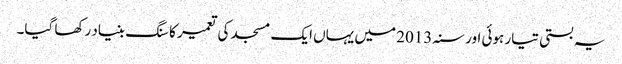
یہ بستی تیار ہوئی اور سنہ 2013 میں یہاں ایک مسجد کی تعمیر کا سنگ بنیاد رکھا گیا۔